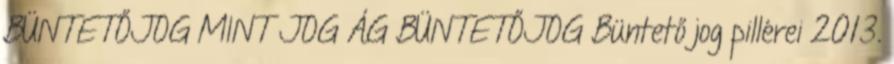
BÜNTETŐJOG MINT JOG ÁG BÜNTETŐJOG Büntető jog pillérei 2013.